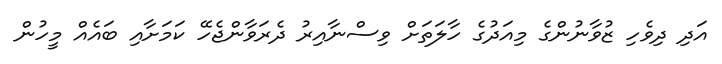
އަދި ދިވެހި ޒުވާނުންގެ މިއަދުގެ ހާލަތަށް ވިސްނާއިރު ދެރަވާންޖެހޭ ކަމަށާއި ބައެއް މީހުން